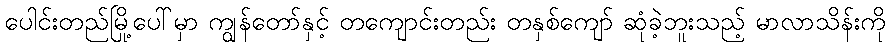
ပေါင်းတည်မြို့ပေါ်မှာ ကျွန်တော်နှင့် တကျောင်းတည်း တနှစ်ကျော် ဆုံခဲ့ဘူးသည့် မာလာသိန်းကို